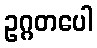
ဥဂ္ဂတပေါ